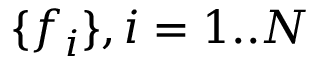
\lbrace f _ { i } \rbrace , i = 1 . . N